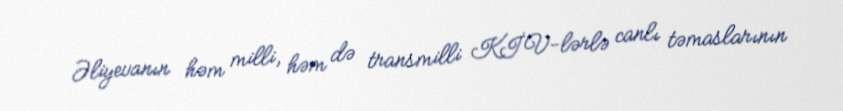
Əliyevanın həm milli, həm də transmilli KİV-lərlə canlı təmaslarının